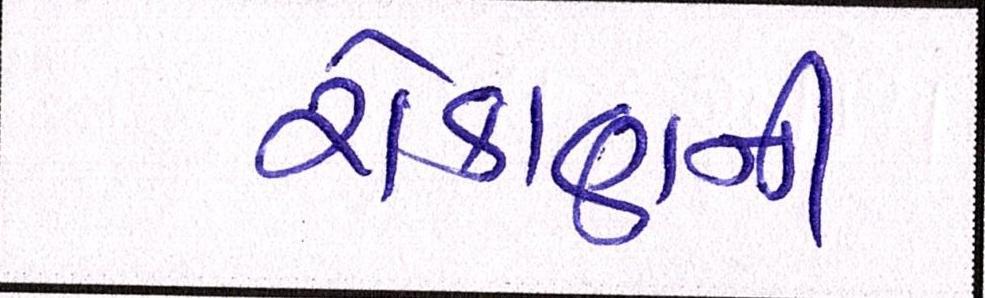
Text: રોકાણની